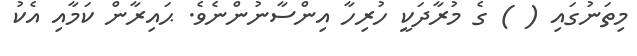
މިތަނުގައި ( ) ގެ މުރާދަކީ ހުރިހާ އިންސާނުންނެވެ. ޙައިރާން ކަމާއި އެކު